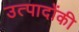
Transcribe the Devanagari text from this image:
उत्पादोंकी